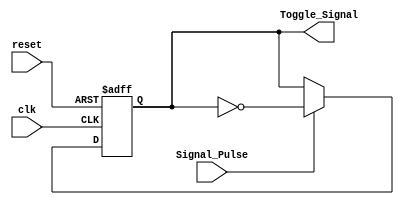
// This file is to toggle a bit for clock
module Toggle
(
	// Input Ports
	input clk,
	input reset,
	input Signal_Pulse,

	// Output Ports
	output Toggle_Signal
);

reg Shot_reg;

/*------------------------------------------------------------------------------------------*/
/*Asignacion de estado*/

always@(posedge clk or negedge reset)
begin

if(reset == 1'b0) begin 
		Shot_reg <= 0;
end
else begin
	if(Signal_Pulse)
		Shot_reg <= !Shot_reg;
	end
end//end always
/*------------------------------------------------------------------------------------------*/


assign Toggle_Signal = Shot_reg;


endmodule